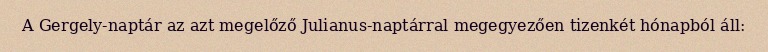
A Gergely-naptár az azt megelőző Julianus-naptárral megegyezően tizenkét hónapból áll: